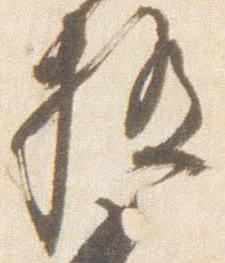
極